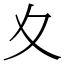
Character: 夊